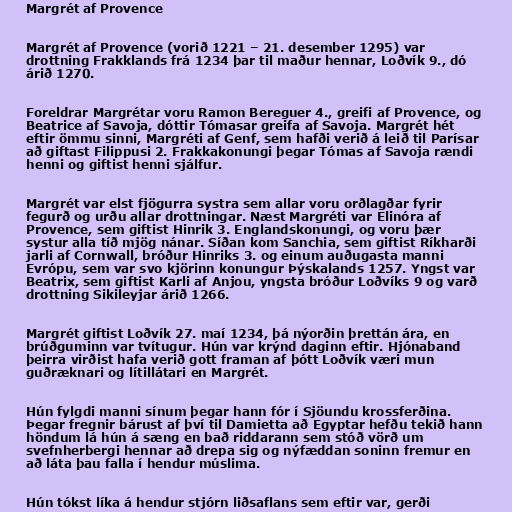
Margrét af Provence

Margrét af Provence (vorið 1221 – 21. desember 1295) var
drottning Frakklands frá 1234 þar til maður hennar, Loðvík 9., dó
árið 1270.

Foreldrar Margrétar voru Ramon Bereguer 4., greifi af Provence, og
Beatrice af Savoja, dóttir Tómasar greifa af Savoja. Margrét hét
eftir ömmu sinni, Margréti af Genf, sem hafði verið á leið til Parísar
að giftast Filippusi 2. Frakkakonungi þegar Tómas af Savoja rændi
henni og giftist henni sjálfur.

Margrét var elst fjögurra systra sem allar voru orðlagðar fyrir
fegurð og urðu allar drottningar. Næst Margréti var Elinóra af
Provence, sem giftist Hinrik 3. Englandskonungi, og voru þær
systur alla tíð mjög nánar. Síðan kom Sanchia, sem giftist Ríkharði
jarli af Cornwall, bróður Hinriks 3. og einum auðugasta manni
Evrópu, sem var svo kjörinn konungur Þýskalands 1257. Yngst var
Beatrix, sem giftist Karli af Anjou, yngsta bróður Loðvíks 9 og varð
drottning Sikileyjar árið 1266.

Margrét giftist Loðvík 27. maí 1234, þá nýorðin þrettán ára, en
brúðguminn var tvítugur. Hún var krýnd daginn eftir. Hjónaband
þeirra virðist hafa verið gott framan af þótt Loðvík væri mun
guðræknari og lítillátari en Margrét.

Hún fylgdi manni sínum þegar hann fór í Sjöundu krossferðina.
Þegar fregnir bárust af því til Damietta að Egyptar hefðu tekið hann
höndum lá hún á sæng en bað riddarann sem stóð vörð um
svefnherbergi hennar að drepa sig og nýfæddan soninn fremur en
að láta þau falla í hendur múslima.

Hún tókst líka á hendur stjórn liðsaflans sem eftir var, gerði